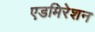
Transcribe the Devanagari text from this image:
एडमिरेशन